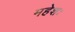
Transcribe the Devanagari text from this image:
महेशः